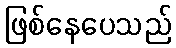
ဖြစ်နေပေသည်